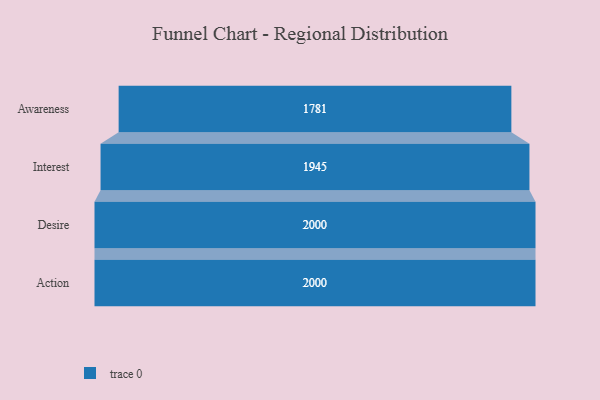
{"axis": {"x": "Stage", "y": "Value"}, "legend": [""], "data": [{"x": "Awareness", "y": 1781.0, "type": ""}, {"x": "Interest", "y": 1945.0, "type": ""}, {"x": "Desire", "y": 2000, "type": ""}, {"x": "Action", "y": 2000, "type": ""}]}